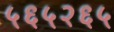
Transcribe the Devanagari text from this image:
५६५२६५